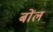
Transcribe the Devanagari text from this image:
बोंल